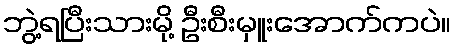
ဘွဲ့ရပြီးသားမို့ ဦးစီးမှူးအောက်ကပဲ။